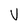
Character: V